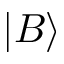
| B \rangle